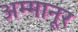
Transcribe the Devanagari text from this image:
अम्मानूर